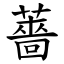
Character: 薔